Report on vaccination in the Province of Bengal - 1869-1873
Year: 1869
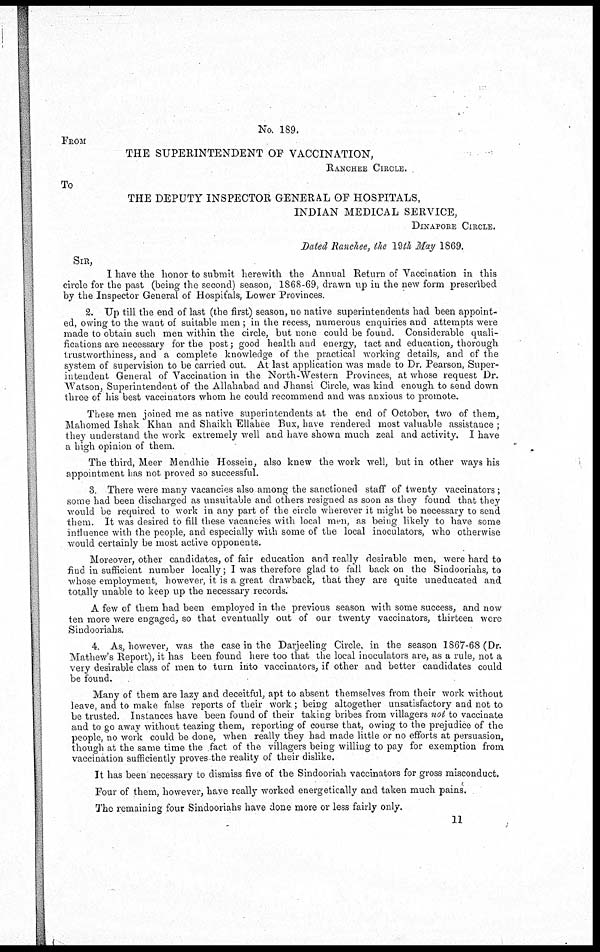
No. 189.
FROM
THE SUPERINTENDENT OF VACCINATION,
RANCHEE CIRCLE.
To
THE DEPUTY INSPECTOR GENERAL OF HOSPITALS,
INDIAN MEDICAL SERVICE,
DINAPORE CIRCLE.
Dated Ranchee, the 19th May 1869.
SIR,
I have the honor to submit herewith the Annual Return of Vaccination in this
circle for the past (being the second) season, 1868-69, drawn up in the new form prescribed
by the Inspector General of Hospitals, Lower Provinces.
2. Up till the end of last (the first) season, no native superintendents had been appoint-
ed, owing to the want of suitable men; in the recess, numerous enquiries and attempts were
made to obtain such men within the circle, but none could be found. Considerable quali-
fications are necessary for the post; good health and energy, tact and education, thorough
trustworthiness, and a complete knowledge of the practical working details, and of the
system of supervision to be carried out. At last application was made to Dr. Pearson, Super-
intendent General of Vaccination in the North-Western Provinces, at whose request Dr.
Watson, Superintendent of the Allahabad and Jhansi Circle, was kind enough to send down
three of his best vaccinators whom he could recommend and was anxious to promote.
These men joined me as native superintendents at the end of October, two of them,
Mahomed Ishak Khan and Shaikh Ellabee Bux, have rendered most valuable assistance;
they understand the work extremely well and have shown much zeal and activity. I have
a high opinion of them.
The third, Meer Mendhie Hossein, also knew the work well, but in other ways his
appointment has not proved so successful.
3. There were many vacancies also among the sanctioned staff of twenty vaccinators;
some had been discharged as unsuitable and others resigned as soon as they found that they
would be required to work in any part of the circle wherever it might be necessary to send
them. It was desired to fill these vacancies with local men, as being likely to have some
influence with the people, and especially with some of the local inoculators, who otherwise
would certainly be most active opponents.
Moreover, other candidates, of fair education and really desirable men, were hard to
find in sufficient number locally; I was therefore glad to fall back on the Sindooriahs, to
whose employment, however, it is a great drawback, that they are quite uneducated and
totally unable to keep up the necessary records.
A few of them had been employed in the previous season with some success, and now
ten more were engaged, so that eventually out of our twenty vaccinators, thirteen were
Sindooriahs.
4. As, however, was the case in the Darjeeling Circle, in the season 1867-68 (Dr.
Mathew's Report), it has been found here too that the local inoculators are, as a rule, not a
very desirable class of men to turn into vaccinators, if other and better candidates could
be found.
Many of them are lazy and deceitful, apt to absent themselves from their work without
leave, and to make false reports of their work; being altogether unsatisfactory and not to
be trusted. Instances have been found of their taking bribes from villagers not to vaccinate
and to go away without teazing them, reporting of course that, owing to the prejudice of the
people, no work could be done, when really they had made little or no efforts at persuasion,
though at the same time the fact of the villagers being willing to pay for exemption from
vaccination sufficiently proves the reality of their dislike.
It has been necessary to dismiss five of the Sindooriah vaccinators for gross misconduct.
Four of them, however, have really worked energetically and taken much pains.
The remaining four Sindooriahs have done more or less fairly only.
11